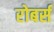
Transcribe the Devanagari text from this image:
रोबर्स